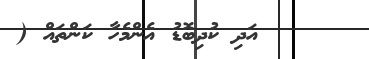
٥٣     އަދި ކުދިބޮޑު އެންމެހާ ކަންތައް (